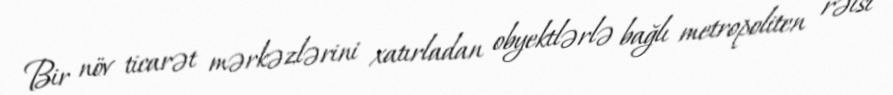
Bir növ ticarət mərkəzlərini xatırladan obyektlərlə bağlı metropoliten rəisi